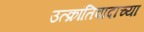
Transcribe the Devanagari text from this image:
उत्क्रांतिवादाच्या